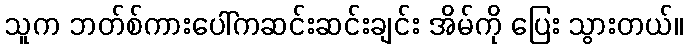
သူက ဘတ်စ်ကားပေါ်ကဆင်းဆင်းချင်း အိမ်ကို ပြေး သွားတယ်။